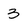
Character: 3